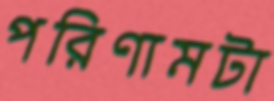
পরিণামটা